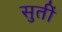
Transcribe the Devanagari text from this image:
सुतीं